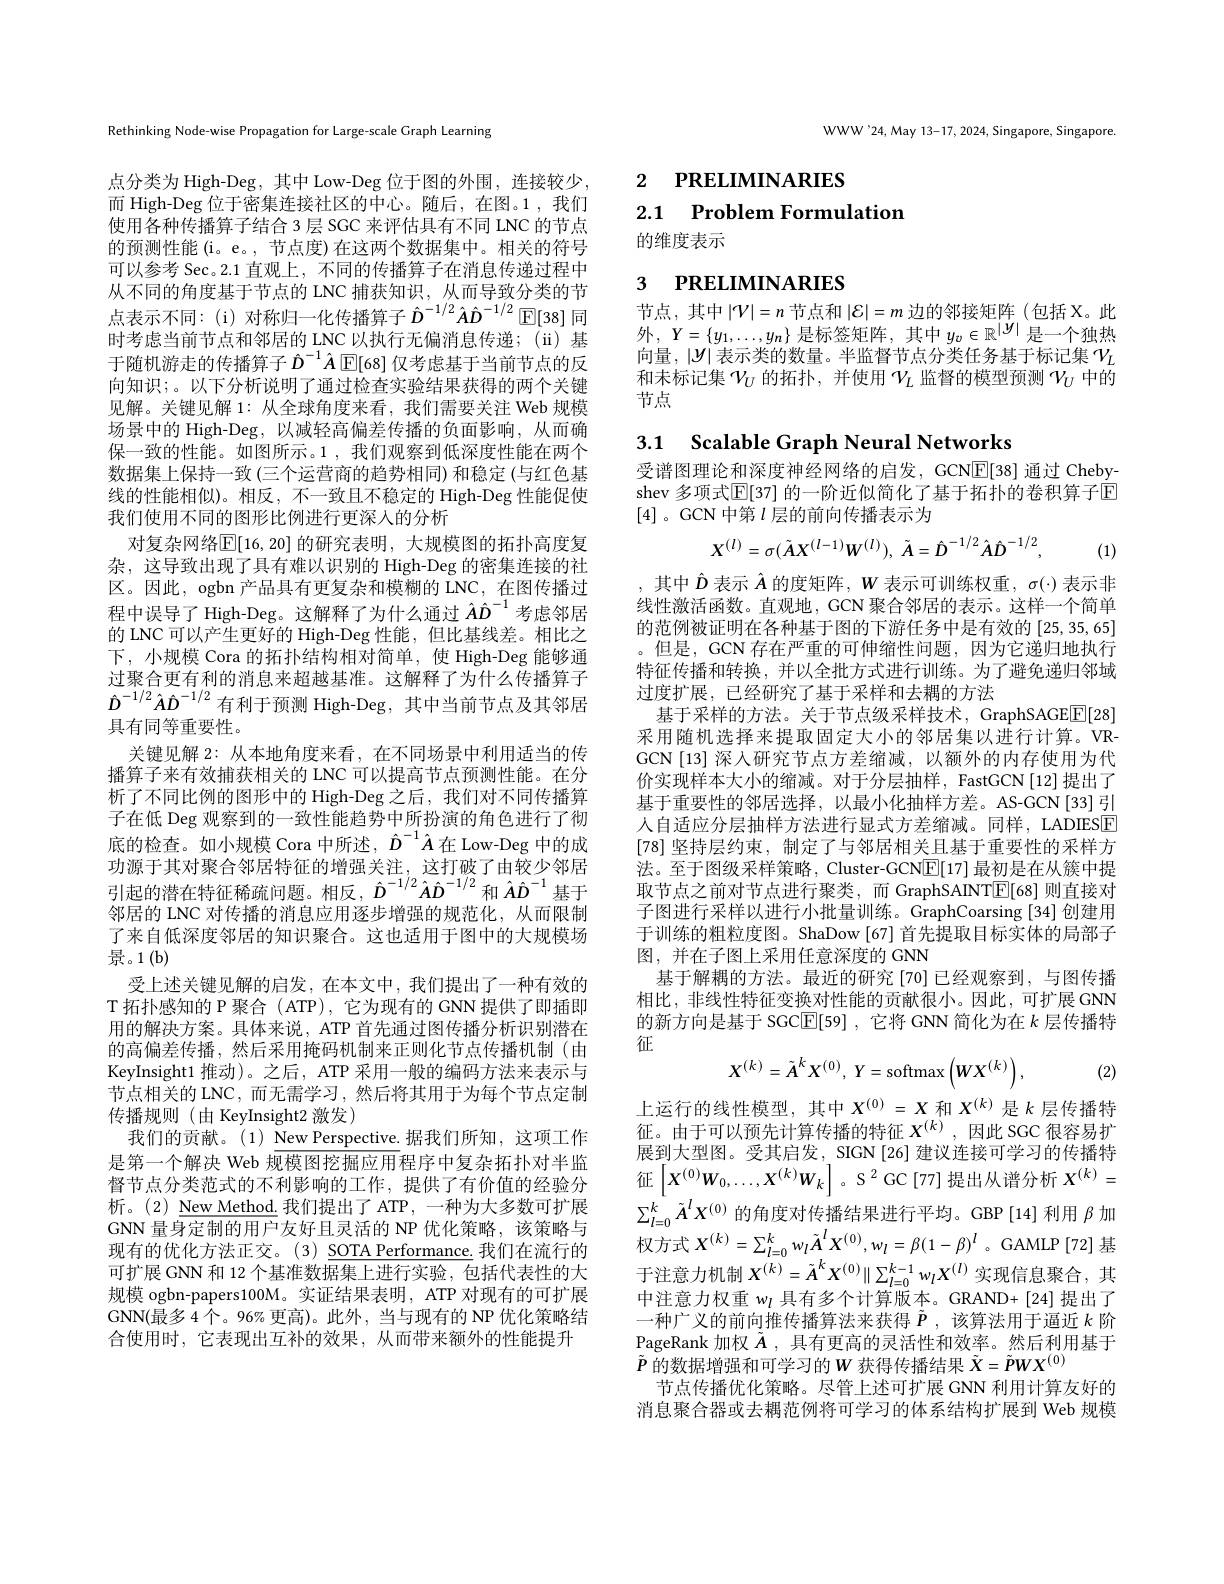
Rethinking Node-wise Propagation for Large-scale Graph Learning

点分类为 High-Deg, 其中 Low-Deg 位于图的外围，连接较少， 而 High-Deg 位于密集连接社区的中心。随后，在图。1 ,我们使用各种传播算子结合 3 层 SGC 来评估具有不同 LNC 的节点的预测性能(i。e。,节点度)在这两个数据集中。相关的符号可以参考 Sec。2.1 直观上，不同的传播算子在消息传递过程中从不同的角度基于节点的 LNC 捕获知识，从而导致分类的节点表示不同：(i)对称归一化传播算子$\hat{D}^{-1/2}\hat{A}\hat{D}^{-1/2}\boxed{\mathbb{E}}[38]$ 同时考虑当前节点和邻居的 LNC 以执行无偏消息传递；(ü) 基于随机游走的传播算子$\hat{D}^{-1}\hat{A}\operatorname{[E[68]}$ 仅考虑基于当前节点的反向知识；。以下分析说明了通过检查实验结果获得的两个关键见解。关键见解 1: 从全球角度来看，我们需要关注 Web 规模场景中的 High-Deg, 以减轻高偏差传播的负面影响，从而确保一致的性能。如图所示。1 , 我们观察到低深度性能在两个数据集上保持一致 (三个运营商的趋势相同) 和稳定 (与红色基线的性能相似)。相反，不一致且不稳定的 High-Deg 性能促使我们使用不同的图形比例进行更深入的分析
对复杂网络$\mathbb{E}[16,20]$ 的研究表明，大规模图的拓扑高度复杂，这导致出现了具有难以识别的 High-Deg 的密集连接的社区。因此，ogbn 产品具有更复杂和模糊的 LNC, 在图传播过程中误导了 High-Deg。这解释了为什么通过$\hat{A}\hat{D}^{-1}$考虑邻居的 LNC 可以产生更好的 High-Deg 性能，但比基线差。相比之下，小规模 Cora 的拓扑结构相对简单，使 High-Deg 能够通过聚合更有利的消息来超越基准。这解释了为什么传播算子$\hat{D}^{-1/2}\hat{A}\hat{D}^{-1/2}$有利于预测 High-Deg,其中当前节点及其邻居具有同等重要性。
关键见解 2: 从本地角度来看，在不同场景中利用适当的传播算子来有效捕获相关的 LNC 可以提高节点预测性能。在分析了不同比例的图形中的 High-Deg 之后，我们对不同传播算子在低 Deg 观察到的一致性能趋势中所扮演的角色进行了彻底的检查。如小规模 Cora 中所述，$\hat{D}^{-1}\hat{A}$在 Low-Deg 中的成功源于其对聚合邻居特征的增强关注，这打破了由较少邻居引起的潜在特征稀疏问题。相反$,\hat{D}^{-1/2}\hat{A}\hat{D}^{-1/2}$和$\hat{A}\hat{D}^{-1}$基于邻居的 LNC 对传播的消息应用逐步增强的规范化，从而限制了来自低深度邻居的知识聚合。这也适用于图中的大规模场景。1(b)
受上述关键见解的启发，在本文中，我们提出了一种有效的T 拓扑感知的 P 聚合 ( ATP), 它为现有的 GNN 提供了即插即用的解决方案。具体来说，ATP 首先通过图传播分析识别潜在的高偏差传播 ,然后采用掩码机制来正则化节点传播机制(由KeyInsight1 推动)。之后，ATP 采用一般的编码方法来表示与节点相关的 LNC, 而无需学习，然后将其用于为每个节点定制传播规则 (由 KeyInsight2 激发)
我们的贡献。(1) New Perspective.据我们所知，这项工作是第一个解决 Web 规模图挖掘应用程序中复杂拓扑对半监督节点分类范式的不利影响的工作，提供了有价值的经验分析。(2) New Method. 我们提出了 ATP, 一种为大多数可扩展GNN 量身定制的用户友好且灵活的 NP 优化策略，该策略与现有的优化方法正交。(3) $\underline{\text{SOTA Performance.}}$我们在流行的可扩展 GNN 和 12 个基准数据集上进行实验，包括代表性的大规模 ogbn-papers100M。实证结果表明，ATP 对现有的可扩展GNN(最多 4 个。96% 更高)。此外，当与现有的 NP 优化策略结合使用时，它表现出互补的效果，从而带来额外的性能提升

WWW'24,May 13-17, 2024, Singapore, Singapore.

# 2 PRELIMINARIES 2.1 Problem Formulation 的维度表示

# 3 PRELIMINARIES

节点，其中$|\mathcal{V}|=n$节点和$|\mathcal{E}|=m$边的邻接矩阵(包括X。此外$,Y=\{y_1,\ldots,y_n\}$ 是标签矩阵，其中 $y_v\in\mathbb{R}^|y|$ 是一个独热向量，$|y|$表示类的数量。半监督节点分类任务基于标记集$\mathcal{V}_L$ 和未标记集$\mathcal{V}_U$的拓扑，并使用$\mathcal{V}_L$监督的模型预测$\mathcal{V}_U$中的节点

3.1 Scalable Graph Neural Networks

受谱图理论和深度神经网络的启发，GCN$\mathbb{E}[38]$通过 Chebyshev 多项式$\mathbb{E}[37]$ 的一阶近似简化了基于拓扑的卷积算子$\mathbb{E}$ [4] 。GCN 中第$l$层的前向传播表示为
$$X^{(l)}=\sigma(\tilde AX^{(l-1)}W^{(l)}),\:\tilde A=\hat D^{-1/2}\hat A\hat D^{-1/2},$$
(1)

,其中$\hat{D}$表示$\hat{A}$的度矩阵$,W$表示可训练权重$,\sigma(\cdot)$表示非线性激活函数。直观地，GCN 聚合邻居的表示。这样一个简单的范例被证明在各种基于图的下游任务中是有效的[25,35,65] 。但是，GCN 存在严重的可伸缩性问题，因为它递归地执行特征传播和转换，并以全批方式进行训练。为了避免递归邻域过度扩展，已经研究了基于采样和去耦的方法
基于采样的方法。关于节点级采样技术，GraphSAGE$\boxed{\mathrm{F}}[28]$ 采用随机选择来提取固定大小的邻居集以进行计算。VRGCN[13] 深人研究节点方差缩减，以额外的内存使用为代价实现样本大小的缩减。对于分层抽样，FastGCN[12]提出了基于重要性的邻居选择，以最小化抽样方差。AS-GCN[33]引人自适应分层抽样方法进行显式方差缩减。同样，LADIESE [78]坚持层约束，制定了与邻居相关且基于重要性的采样方法。至于图级采样策略，Cluster-GCN$\boxed{\mathbb{E}}[17]$最初是在从簇中提取节点之前对节点进行聚类，而 GraphSAINT$\mathbb{E}[68]$则直接对子图进行采样以进行小批量训练。GraphCoarsing[34]创建用于训练的粗粒度图。ShaDow [67] 首先提取目标实体的局部子图，并在子图上采用任意深度的 GNN
基于解耦的方法。最近的研究 [70] 已经观察到，与图传播相比，非线性特征变换对性能的贡献很小。因此，可扩展GNN 的新方向是基于 SGC$\boxed{\mathbb{E}}[59]$,它将 GNN 简化为在$k$层传播特征
$$X^{(k)}=\tilde{A}^{k}X^{(0)},\:Y=\mathrm{softmax}\left(WX^{(k)}\right),$$
(2)

上运行的线性模型，其中$X^(0)=X$ 和 $X^(k)$ 是$k$ 层传播特征。由于可以预先计算传播的特征$X^{(k)}$,因此 SGC 很容易扩展到大型图。受其启发，SIGN[26] 建议连接可学习的传播特征$\left[X^{(0)}W_{0,\ldots,X}^{(k)}W_{k}\right]。S^{2}\operatorname{GC}\left[77\right]$提出从谱分析$X^(k)=$ $\sum_{l=0}^k\tilde{A}^lX^{(0)}$的角度对传播结果进行平均。GBP [14]利用$\beta$加权方式$X^{(k)}=\sum_{l=0}^kw_l\tilde{A}^lX^{(0)},w_l=\beta(1-\beta)^l$ 。GAMLP[72]基于注意力机制$X^(k)=\tilde{A}^kX^{(0)}\parallel\sum_{l=0}^{k-1}w_lX^{(l)}$实现信息聚合，其中注意力权重$w_l$具有多个计算版本。GRAND+[24]提出了一种广义的前向推传播算法来获得$\tilde{P}$,该算法用于逼近$k$阶PageRank 加权$\tilde{A}$,具有更高的灵活性和效率。然后利用基于$\tilde{P}$的数据增强和可学习的$W$获得传播结果$\tilde{X}=\tilde{P}WX^{(0)}$
节点传播优化策略。尽管上述可扩展 GNN 利用计算友好的消息聚合器或去耦范例将可学习的体系结构扩展到 Web 规模